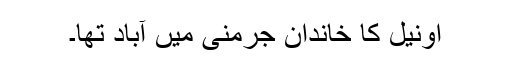
اونیل کا خاندان جرمنی میں آباد تھا۔